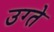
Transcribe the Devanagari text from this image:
उग्ते